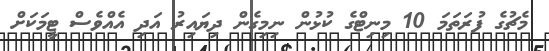
މެޗުގެ ފުރަތަމަ 10 މިނިޓްގެ ކުޅުން ނިމިގެން ދިޔައިރު އަދި އެއްވެސް ޓީމަކަށް